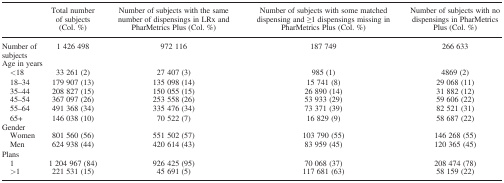
|  | Total number of subjects (Col. %) | Number of subjects with the same number of dispensings in LRx and PharMetrics Plus (Col. %) | Number of subjects with some matched dispensing and ≥1 dispensings missing in PharMetrics Plus (Col. %) | Number of subjects with no dispensings in PharMetrics Plus (Col. %) |
 | --- | --- | --- | --- | --- |
 | Number of subjects | 1 426 498 | 972 116 | 187 749 | 266 633 |
 | <COLSPAN=5> Age in years |
 | <18 | 33 261 (2) | 27 407 (3) | 985 (1) | 4869 (2) |
 | 18–34 | 179 907 (13) | 135 098 (14) | 15 741 (8) | 29 068 (11) |
 | 35–44 | 208 827 (15) | 150 055 (15) | 26 890 (14) | 31 882 (12) |
 | 45–54 | 367 097 (26) | 253 558 (26) | 53 933 (29) | 59 606 (22) |
 | 55–64 | 491 368 (34) | 335 476 (34) | 73 371 (39) | 82 521 (31) |
 | 65+ | 146 038 (10) | 70 522 (7) | 16 829 (9) | 58 687 (22) |
 | <COLSPAN=5> Gender |
 | Women | 801 560 (56) | 551 502 (57) | 103 790 (55) | 146 268 (55) |
 | Men | 624 938 (44) | 420 614 (43) | 83 959 (45) | 120 365 (45) |
 | <COLSPAN=5> Plans |
 | 1 | 1 204 967 (84) | 926 425 (95) | 70 068 (37) | 208 474 (78) |
 | >1 | 221 531 (15) | 45 691 (5) | 117 681 (63) | 58 159 (22) |